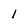
Character: 1